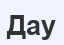
Дау